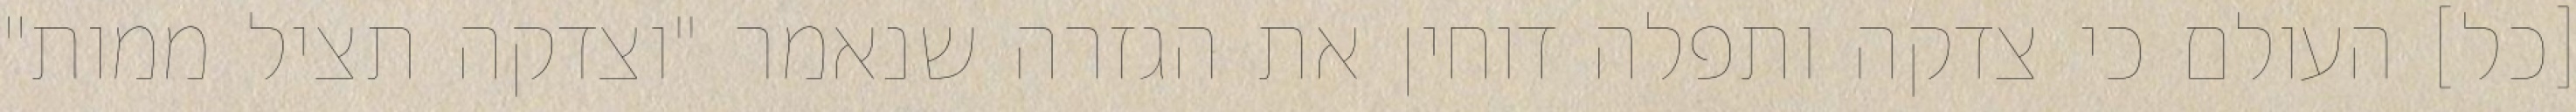
[כל] העולם כי צדקה ותפלה דוחין את הגזרה שנאמר "וצדקה תציל ממות"